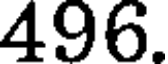
496.